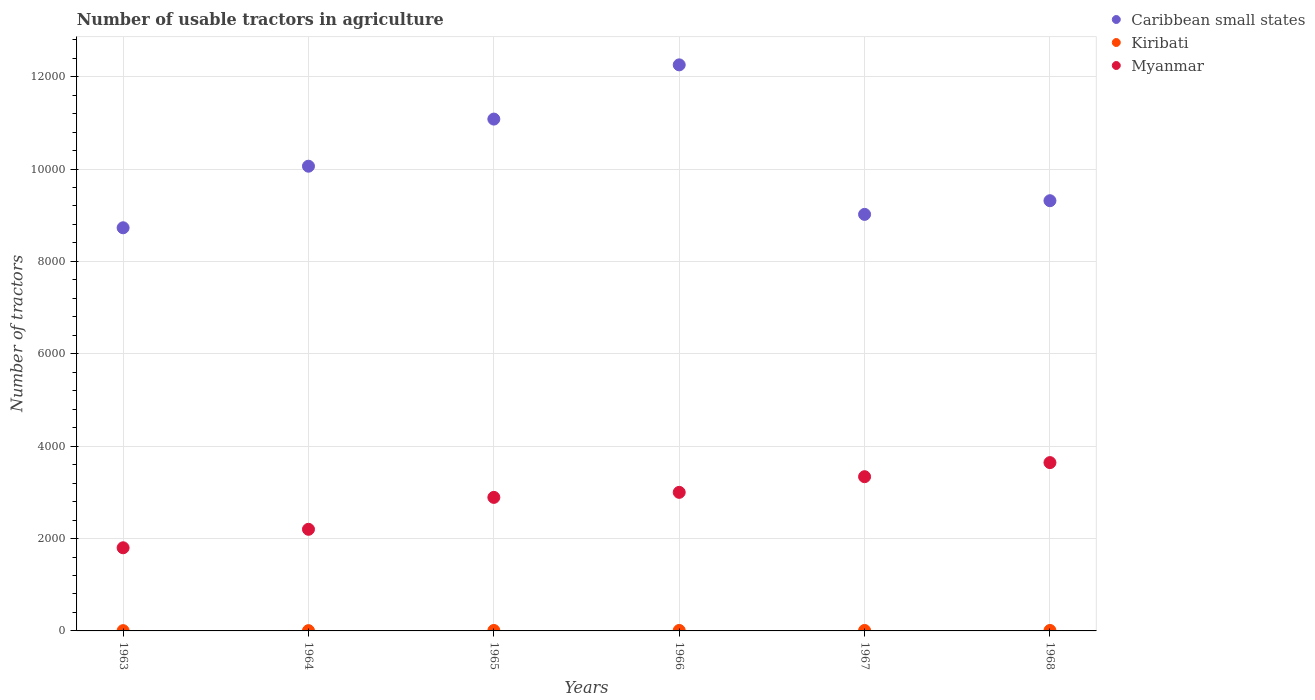
| Years | Caribbean small states | Kiribati | Myanmar |
 | --- | --- | --- | --- |
 | 1963 | 8.73e+03 | 6 | 1.8e+03 |
 | 1964 | 1.01e+04 | 6 | 2.2e+03 |
 | 1965 | 1.11e+04 | 10 | 2.89e+03 |
 | 1966 | 1.23e+04 | 10 | 3e+03 |
 | 1967 | 9.02e+03 | 10 | 3.34e+03 |
 | 1968 | 9.31e+03 | 10 | 3.64e+03 |